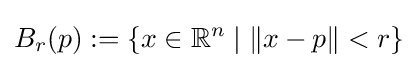
B_{r}(p):=\{x\in \mathbb {R} ^{n}\mid \|x-p\|<r\}